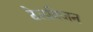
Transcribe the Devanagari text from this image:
टेलविजन